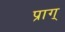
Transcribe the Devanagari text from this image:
प्राग्